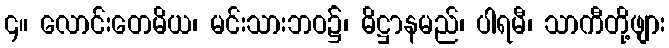
၄။ လောင်းတေမိယ၊ မင်းသားဘဝ၌၊ ဓိဋ္ဌာနမည်၊ ပါရမီ၊ သာကီတို့ဖျား